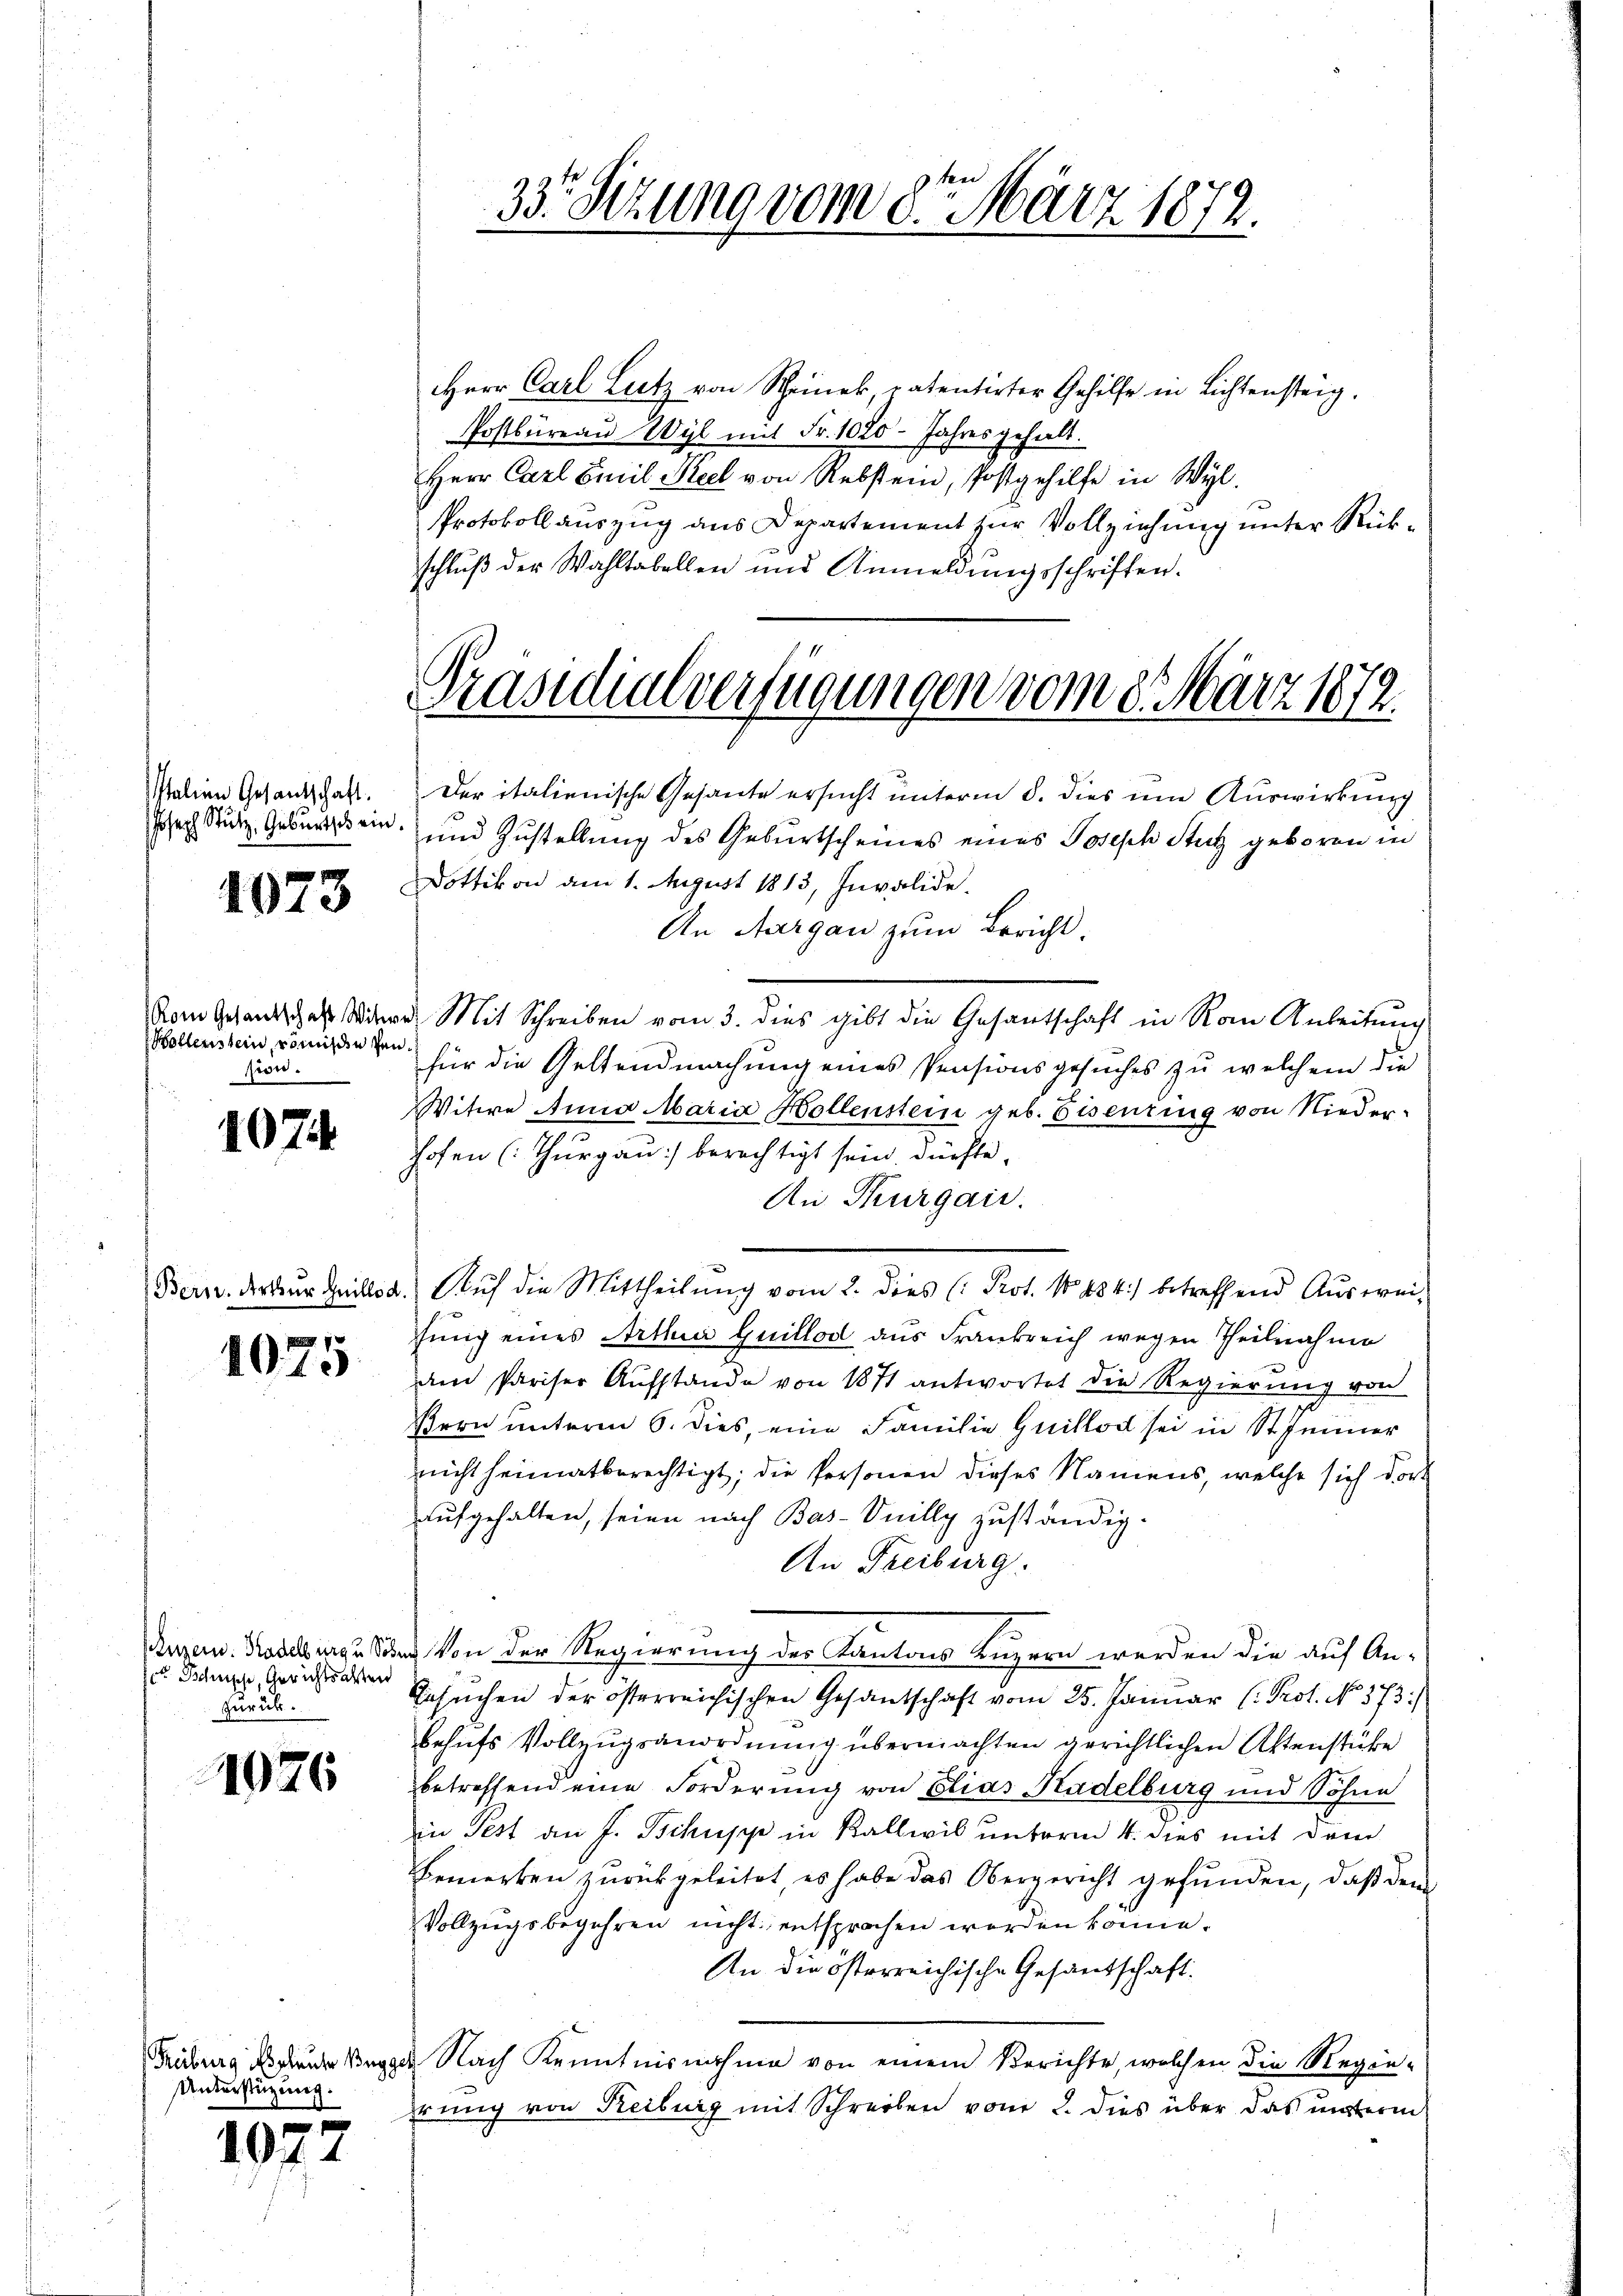
Italien Gesandtschaft.

1073

Hollenstein, römische Pension.

1074.

1075

des Schnische, Gerichtsalten
zurück.

1076

Unterstüzung.

1075

Herr Carl Lutz von Rheinek, patentirter Gehilfe in Lichtensteig.
Postbureau Wyl mit Fr. 1020 Jahresgehalt.
Herr Carl Emil Seel von Rebstein, Postgehilfe in Wyl.
Protokollauszug aus Departement zur Vollziehung unter Rückschluß der Wahltabellen und Anmeldŭngsschriften.

33. Sitzung vom 8ten März 1872.

Präsidialverfügungen vom 8. März 1872.

Der italienische Gesante ersucht unterm 8. dies um Auswirkung
Joseph Stutz Geburtsein, und Zustellung des Geburtscheines eines Joseph Stutz geboren in
Dottikon am 1. August 1813, Invalide
An Aargau zum Bericht.
vom Gesandtsches Wie Mit Schreiben vom 3. dies gibt die Gesantschaft in Rom Anleitung
für die Geltendmachung eines Pensionsgesuches zu welchem die
Witwe Anna Maria Hollenstein geb. Eisenring von Nieder-
hofen (Thurgau: berechtigt sein. Dürfte,
An Thurgau.
Bern. Derkŭr Heillon. Aŭf die Mittheilŭng vom 2. dies (: Prot. No 484) betreffend Aŭswei-
fung eines Artha Guillod aus Frankreich wegen Theilnahme
am Pariser Aufstande von 1871 antwortet die Regierung von
Bern unterm 6. dies, eine Familie Guillod sei in St. Jenner
nicht heimatberechtigt; die Personen dieses Namens, welche sich dort
aufgehalten, seien nach Bas-Onilly zuständig.
An Freiburg.
Gian. Nadel zu und von der Regierung der Kantons Luzern werden die auf An-
er
x
Gesuchen der österreichischen Gesandschaft vom 25. Januar (: Prot. No. 573.)
behufs Vollzugsanordnung übermachten gerichtlichen Aktenstücke
betreffend eine Forderung von Elias Stadelburg und Söhne
in Pest an J. Schuppe in Kallwil unterm 4. dies mit dem
Bemerken zurückgeleitet, es habe das Obergericht gefunden, daβ dem
Vollzugsbegehren nicht entsprochen worden könne.
An die österreichische Gesandschaft.
Tribung des freue Wegger Nach Kenntnisnahme von einem Berichte, welchen die Regie-
hrung von Reiburg mit Schreiben vom 2. dies über das unterm